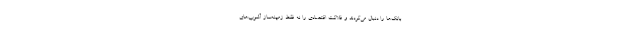
بانک‌ها را دنبال می‌کردند و فلاکت اقتصادی را نه فقط زمینه‌ساز آشوب‌های